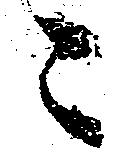
ニ